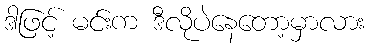
ဒါဖြင့် မင်းက ဒီလိုပဲနေတော့မှာလား